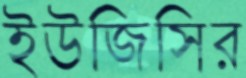
ইউজিসির